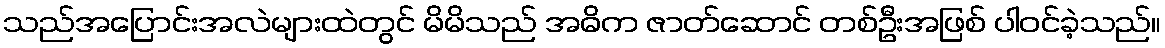
သည်အပြောင်းအလဲများထဲတွင် မိမိသည် အဓိက ဇာတ်ဆောင် တစ်ဦးအဖြစ် ပါဝင်ခဲ့သည်။